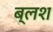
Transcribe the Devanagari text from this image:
ब्लश